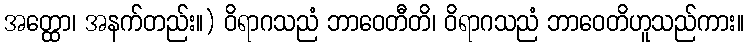
အတ္ထော၊ အနက်တည်း။) ဝိရာဂသညံ ဘာဝေတီတိ၊ ဝိရာဂသညံ ဘာဝေတိဟူသည်ကား။